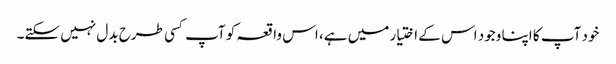
خود آپ کا اپنا وجود اس کے اختیار میں ہے، اس واقعہ کو آپ کسی طرح بدل نہیں سکتے۔